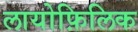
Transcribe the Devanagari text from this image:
लायोफ़िलिक